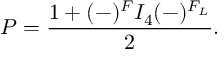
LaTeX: { \cal P } = \frac { 1 + ( - ) ^ { F } { \cal I } _ { 4 } ( - ) ^ { F _ { L } } } { 2 } .